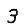
Digit: 3